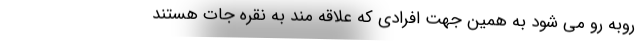
روبه رو می شود به همین جهت افرادی که علاقه مند به نقره جات هستند